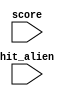
module score_update (
  input wire [31:0] score,
  input wire hit_alien
);

//	always @* begin
//		if (hit_alien) begin
//			assign score = score + 5;
//		end
//	end
	
endmodule